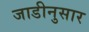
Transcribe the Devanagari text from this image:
जाडीनुसार